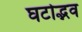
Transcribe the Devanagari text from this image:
घटोद्भव